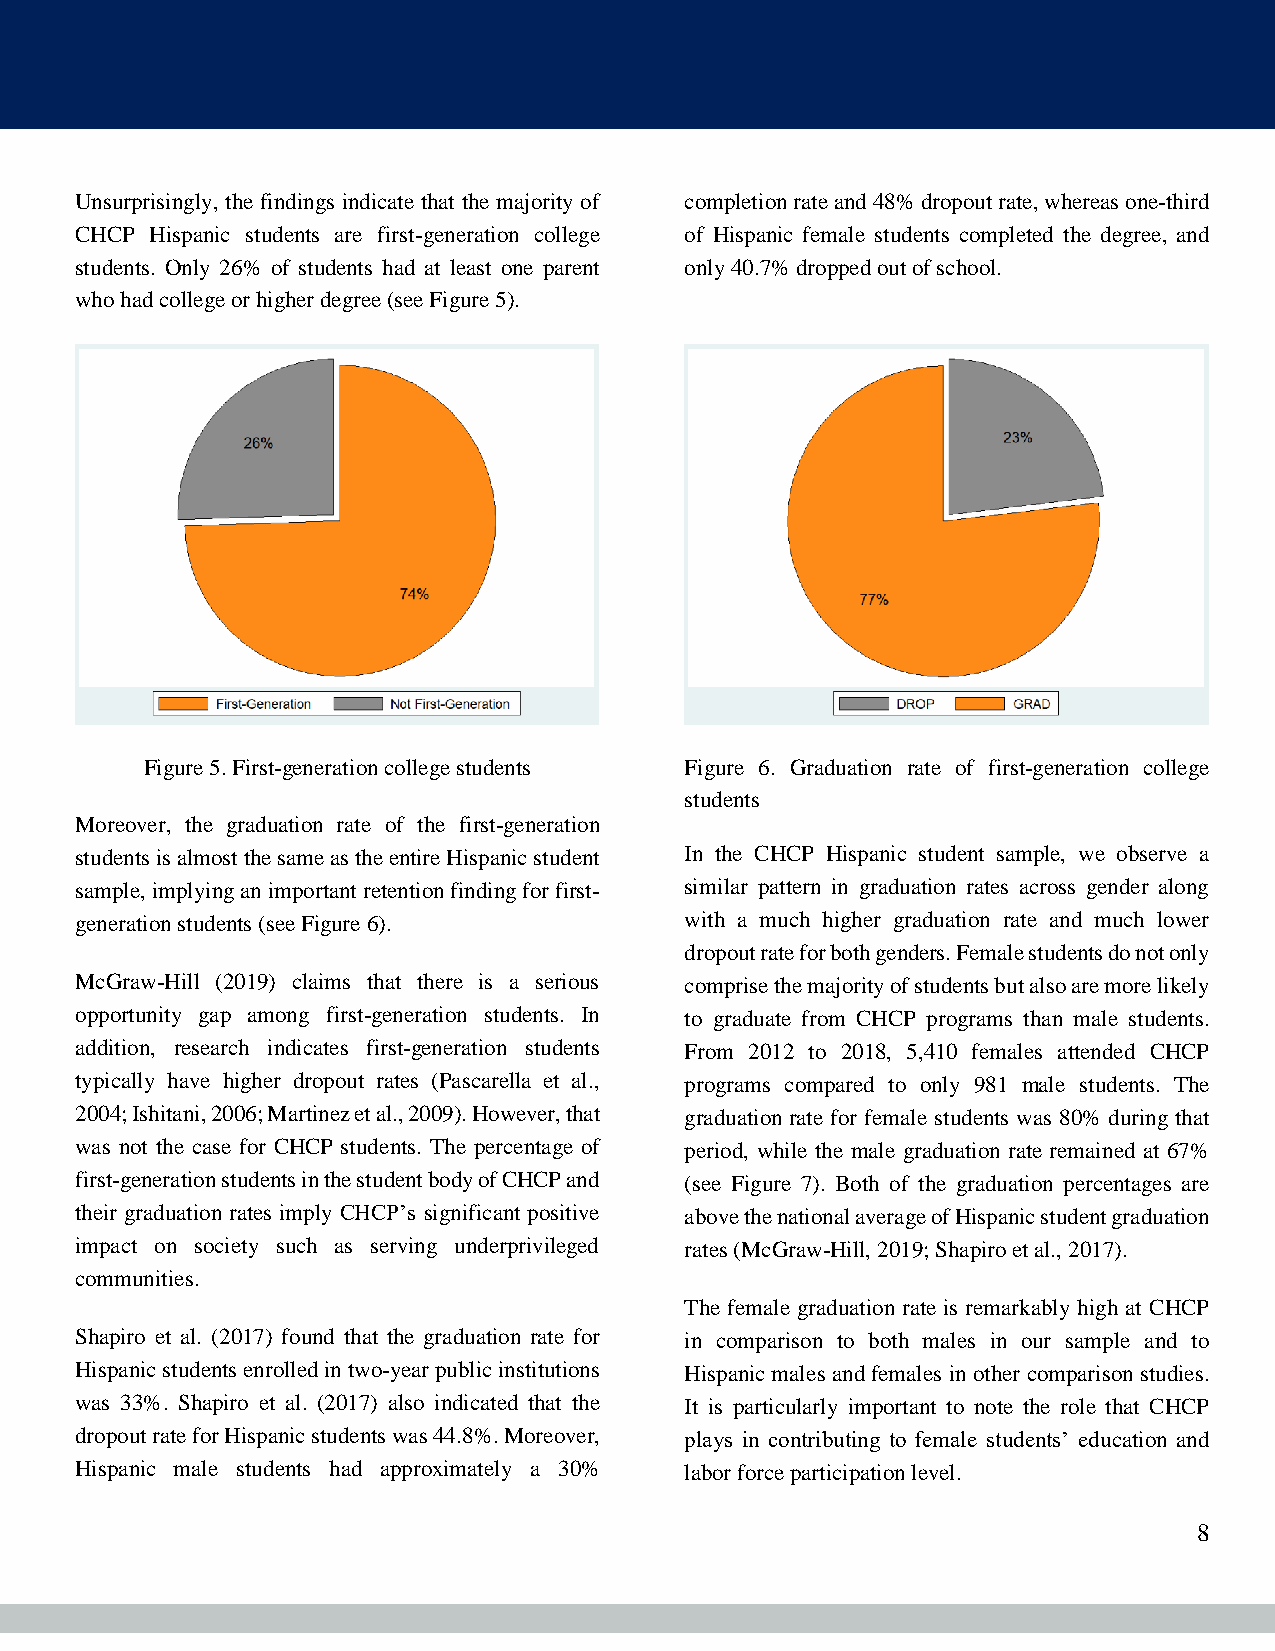
Unsurprisingly, the findings indicate that the majority of completion rate and 48% dropout rate, whereas one-third
 CHCP Hispanic students are first-generation college of Hispanic female students completed the degree, and
 students. Only 26% of students had at least one parent only 40.7% dropped out of school.
 who had college or higher degree (see Figure 5).
 Figure 5. First-generation college students Figure 6. Graduation rate of first-generation college
 students
 Moreover, the graduation rate of the first-generation
 students is almost the same as the entire Hispanic student In the CHCP Hispanic student sample, we observe a
 sample, implying an important retention finding for first- similar pattern in graduation rates across gender along
 generation students (see Figure 6).     with a much higher graduation rate and much lower
 dropout rate for both genders. Female students do not only
 McGraw-Hill (2019) claims that there is a serious comprise the majority of students but also are more likely
 opportunity gap among first-generation students. In to graduate from CHCP programs than male students.
 addition, research indicates first-generation students From 2012 to 2018, 5,410 females attended CHCP
 typically have higher dropout rates (Pascarella et al., programs compared to only 981 male students. The
 2004; Ishitani, 2006; Martinez et al., 2009). However, that graduation rate for female students was 80% during that
 was not the case for CHCP students. The percentage of period, while the male graduation rate remained at 67%
 first-generation students in the student body of CHCP and (see Figure 7). Both of the graduation percentages are
 their graduation rates imply CHCP’s significant positive above the national average of Hispanic student graduation
 impact on society such as serving underprivileged rates (McGraw-Hill, 2019; Shapiro et al., 2017).
 communities.
 The female graduation rate is remarkably high at CHCP
 Shapiro et al. (2017) found that the graduation rate for in comparison to both males in our sample and to
 Hispanic students enrolled in two-year public institutions Hispanic males and females in other comparison studies.
 was 33%. Shapiro et al. (2017) also indicated that the It is particularly important to note the role that CHCP
 dropout rate for Hispanic students was 44.8%. Moreover, plays in contributing to female students’ education and
 Hispanic male students had approximately a 30% labor force participation level.
 8